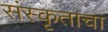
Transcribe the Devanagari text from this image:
संस्कृताचा